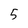
Character: 5